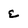
Character: e